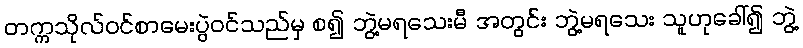
တက္ကသိုလ်ဝင်စာမေးပွဲဝင်သည်မှ စ၍ ဘွဲ့မရသေးမီ အတွင်း ဘွဲ့မရသေး သူဟုခေါ်၍ ဘွဲ့